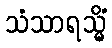
သံသာရသ္မိံ